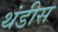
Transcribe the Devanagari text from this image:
थंडीस